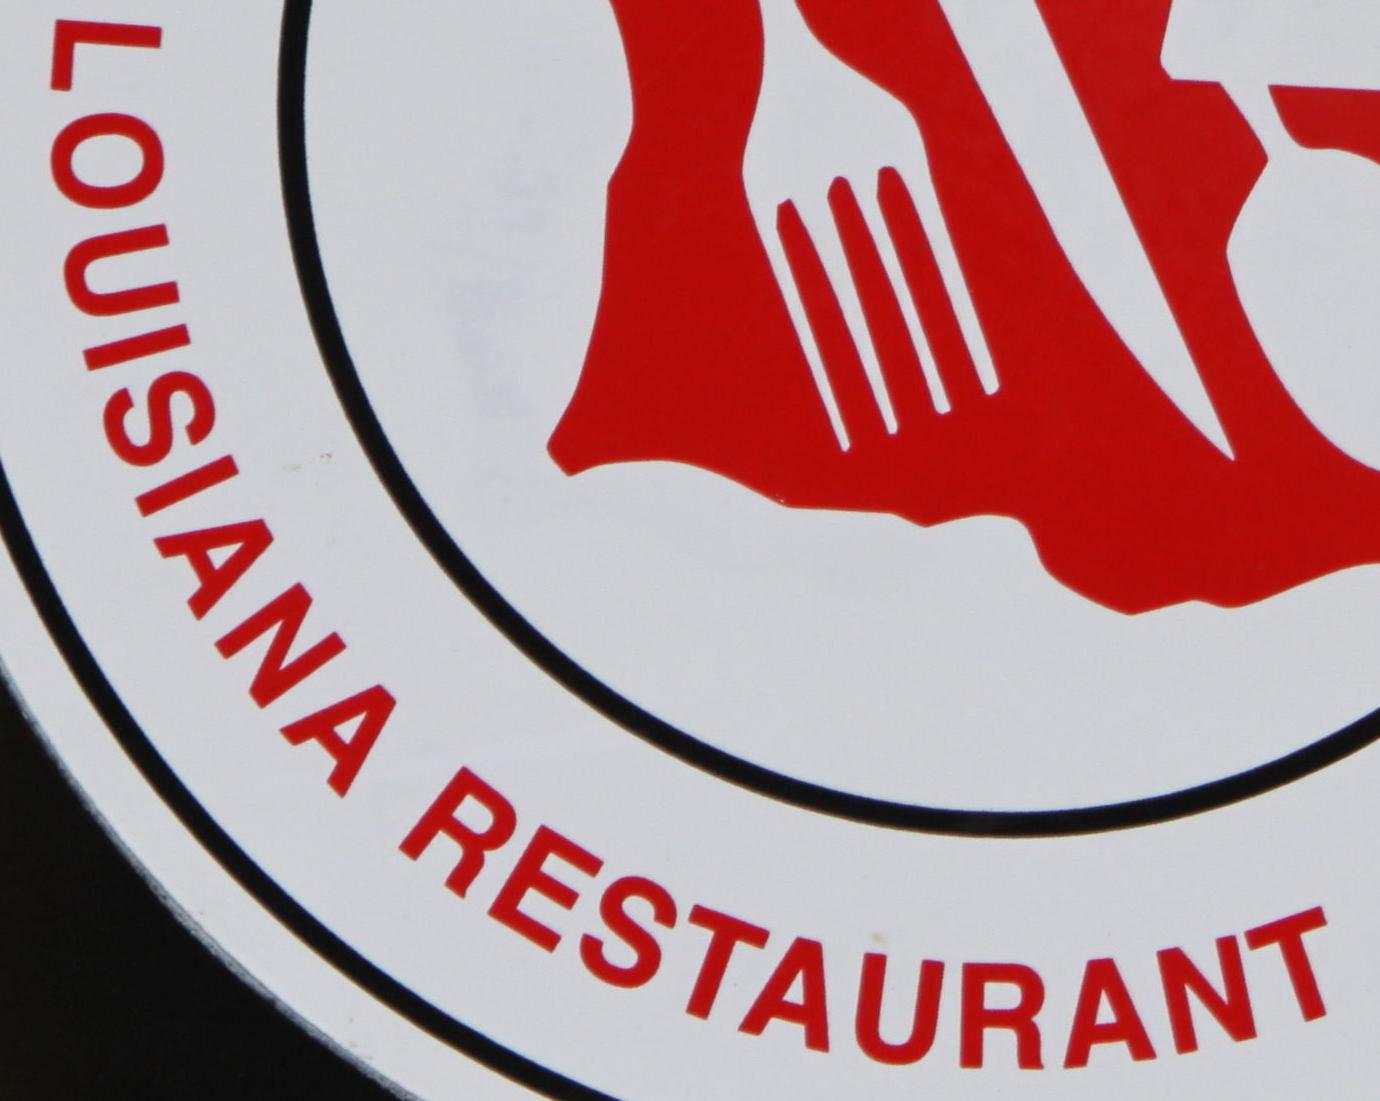
LOUISIANA RESTAURANT